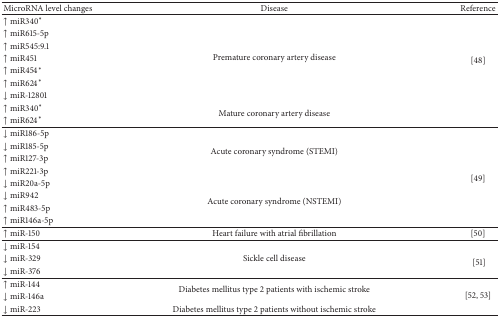
| MicroRNA level changes | Disease | Reference |
 | --- | --- | --- |
 | ↑ miR340∗ | <ROWSPAN=7> Premature coronary artery disease | <ROWSPAN=9> [48] |
 | ↑ miR615-5p |
 | ↑ miR545:9.1 |
 | ↑ miR451 |
 | ↑ miR454∗ |
 | ↑ miR624∗ |
 | ↓ miR-12801 |
 | ↑ miR340∗ | <ROWSPAN=2> Mature coronary artery disease |
 | ↑ miR624∗ |
 | ↓ miR186-5p | <ROWSPAN=4> Acute coronary syndrome (STEMI) | <ROWSPAN=8> [49] |
 | ↓ miR185-5p |
 | ↑ miR127-3p |
 | ↑ miR221-3p |
 | ↓ miR20a-5p | <ROWSPAN=4> Acute coronary syndrome (NSTEMI) |
 | ↓ miR942 |
 | ↑ miR483-5p |
 | ↑ miR146a-5p |
 | ↑ miR-150 | Heart failure with atrial fibrillation | [50] |
 | ↓ miR-154 | <ROWSPAN=3> Sickle cell disease | <ROWSPAN=3> [51] |
 | ↓ miR-329 |
 | ↓ miR-376 |
 | ↑ miR-144 | <ROWSPAN=2> Diabetes mellitus type 2 patients with ischemic stroke | <ROWSPAN=3> [52, 53] |
 | ↓ miR-146a |
 | ↓ miR-223 | Diabetes mellitus type 2 patients without ischemic stroke |